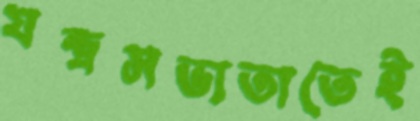
যন্ত্রসভ্যতাতেই